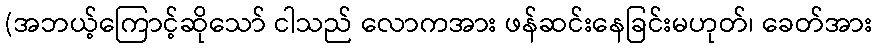
(အဘယ့်ကြောင့်ဆိုသော် ငါသည် လောကအား ဖန်ဆင်းနေခြင်းမဟုတ်၊ ခေတ်အား